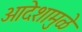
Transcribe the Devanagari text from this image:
आदेशामुळे